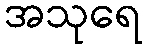
အသုရေ